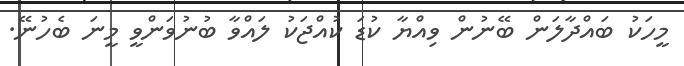
މީހަކު ބައްދާލަން ބޭނުން ވިއްޔާ ކުޑަ ކުއްޖަކު ލައްވާ ބުނުވަންވީ މީނަ ބެހުނޭ.